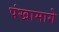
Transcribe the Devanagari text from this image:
पंखामागे